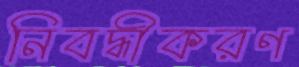
নিবদ্ধীকরণ